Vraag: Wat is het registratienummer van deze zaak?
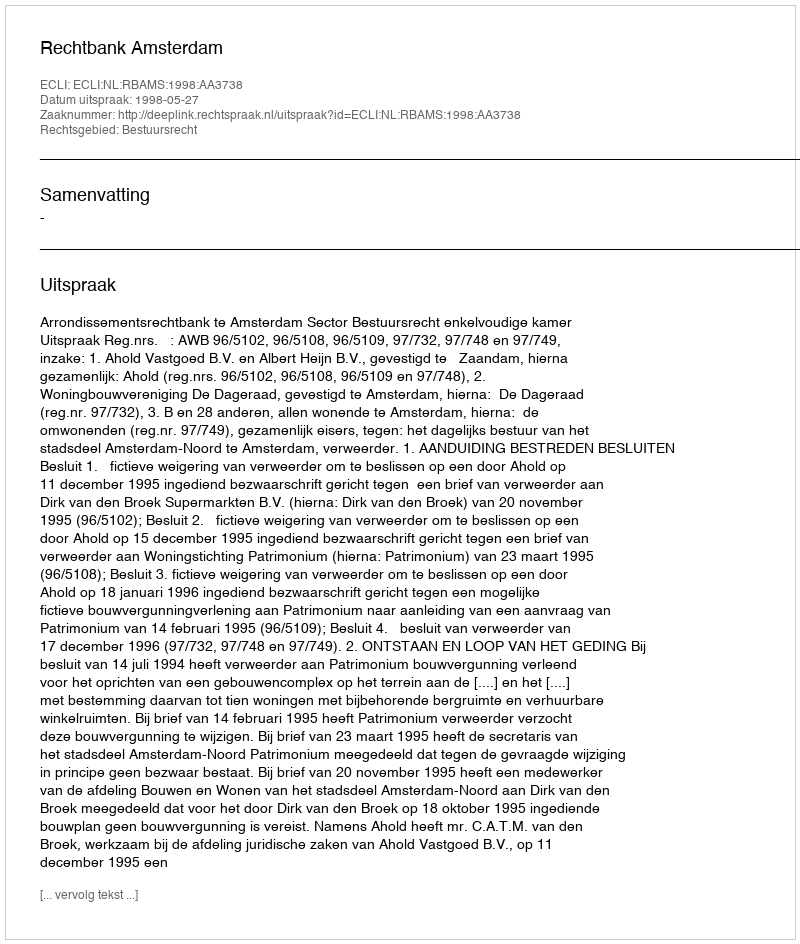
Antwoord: http://deeplink.rechtspraak.nl/uitspraak?id=ECLI:NL:RBAMS:1998:AA3738